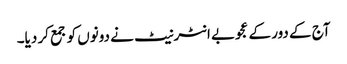
آج کے دور کے عجوبے انٹرنیٹ نے دونوں کو جمع کر دیا۔